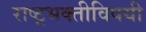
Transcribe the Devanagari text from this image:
राष्ट्रभक्तीविषयी